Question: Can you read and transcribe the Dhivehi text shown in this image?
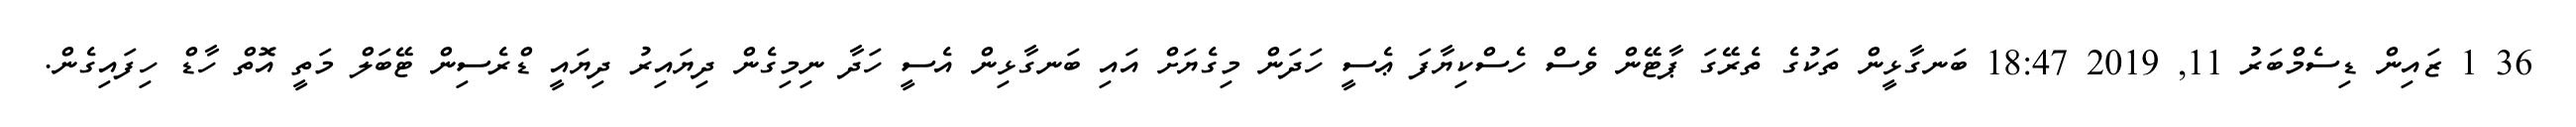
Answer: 36 1 ޒައިން ޑިސެމްބަރު 11, 2019 18:47 ބަނގާޅީން ތަކުގެ ތެރޭގަ ޕާޓޭން ވެސް ހެސްކިޔާފަ ޢެސީ ހަދަން މިގެޔަށް އައި ބަނގާޅިން އެސީ ހަދާ ނިމިގެން ދިޔައިރު ދިޔައީ ޑްރެސިން ޓޭބަލް މަތީ އޮތް ހާޑް ހިފައިގެން.